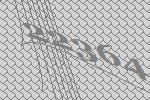
22364